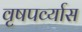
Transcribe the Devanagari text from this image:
वृषपर्व्यास